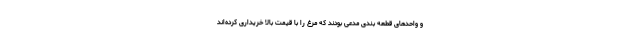
و واحدهای قطعه بندی مدعی بودند که مرغ را با قیمت بالا خریداری کرده‌اند